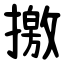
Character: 撽